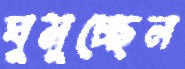
ঘুমুচ্ছেন